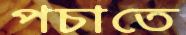
পচাতে